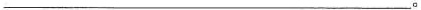
___。